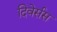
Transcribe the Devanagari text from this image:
दिवेर्सस